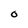
Character: O